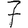
Digit: 7